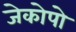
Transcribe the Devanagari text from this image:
जेकोपो